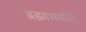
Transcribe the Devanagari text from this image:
ब्रह्माचर्यादि